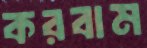
করবাম